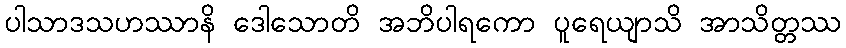
ပါသာဒသဟဿာနိ ဒေါသောတိ အဘိပါရကော ပူရေယျာသိ အာသိတ္တဿ